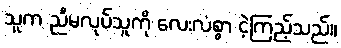
သူက ညီမလုပ်သူကို လေးလံစွာ ငဲ့ကြည့်သည်။